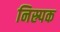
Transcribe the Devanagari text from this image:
निस्र्पक